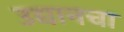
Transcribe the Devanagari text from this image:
उद्यानचा